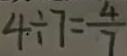
4 \div 7 = \frac { 4 } { 7 }